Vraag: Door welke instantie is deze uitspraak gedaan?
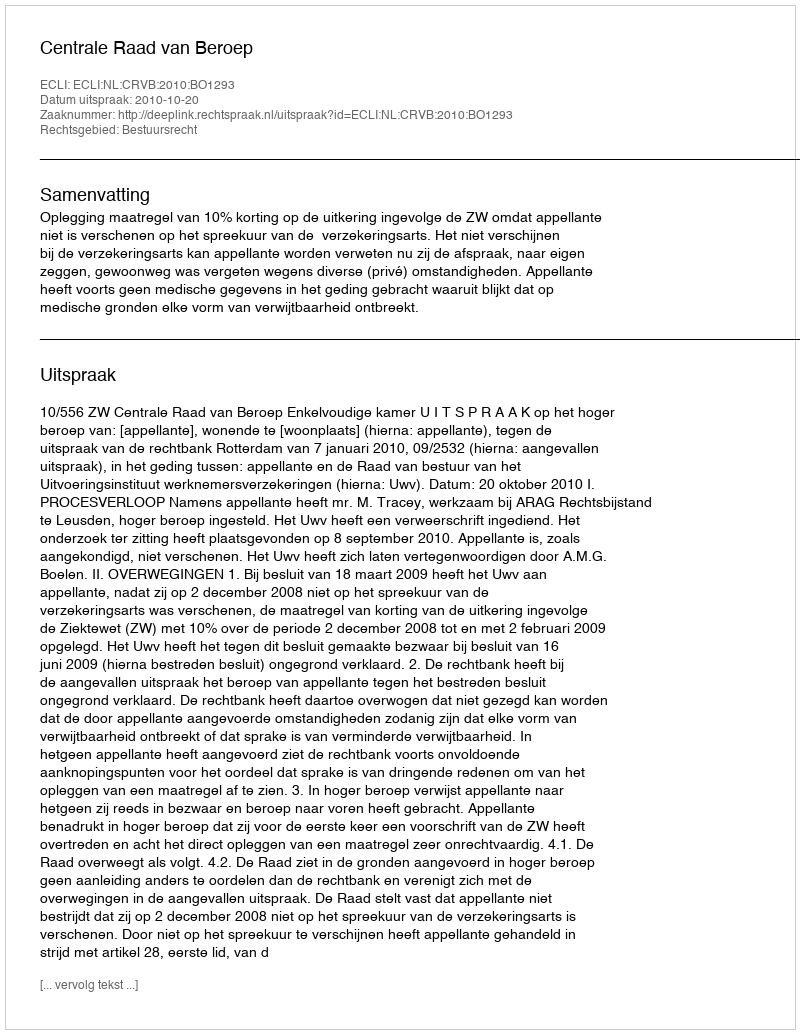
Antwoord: Centrale Raad van Beroep